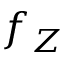
f _ { Z }